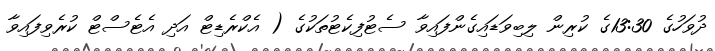
ދުވަހުގެ 13:30ގެ ކުރިން ލިބިވަޑައިގެންފައިވާ ސެޓުފިކެޓުތަކުގެ ( އެކްރެޑިޓް އަދި އެޓެސްޓް ކުރެވިފައިވާ